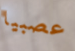
عصبيا